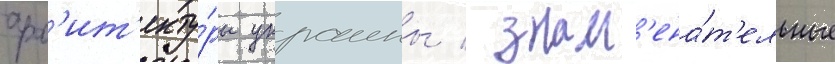
арх'ит'екту́ры украины / знам'ена́т'ельные